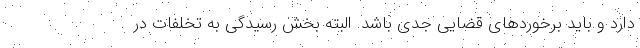
دارد و باید برخوردهای قضایی جدی باشد. البته بخش رسیدگی به تخلفات در